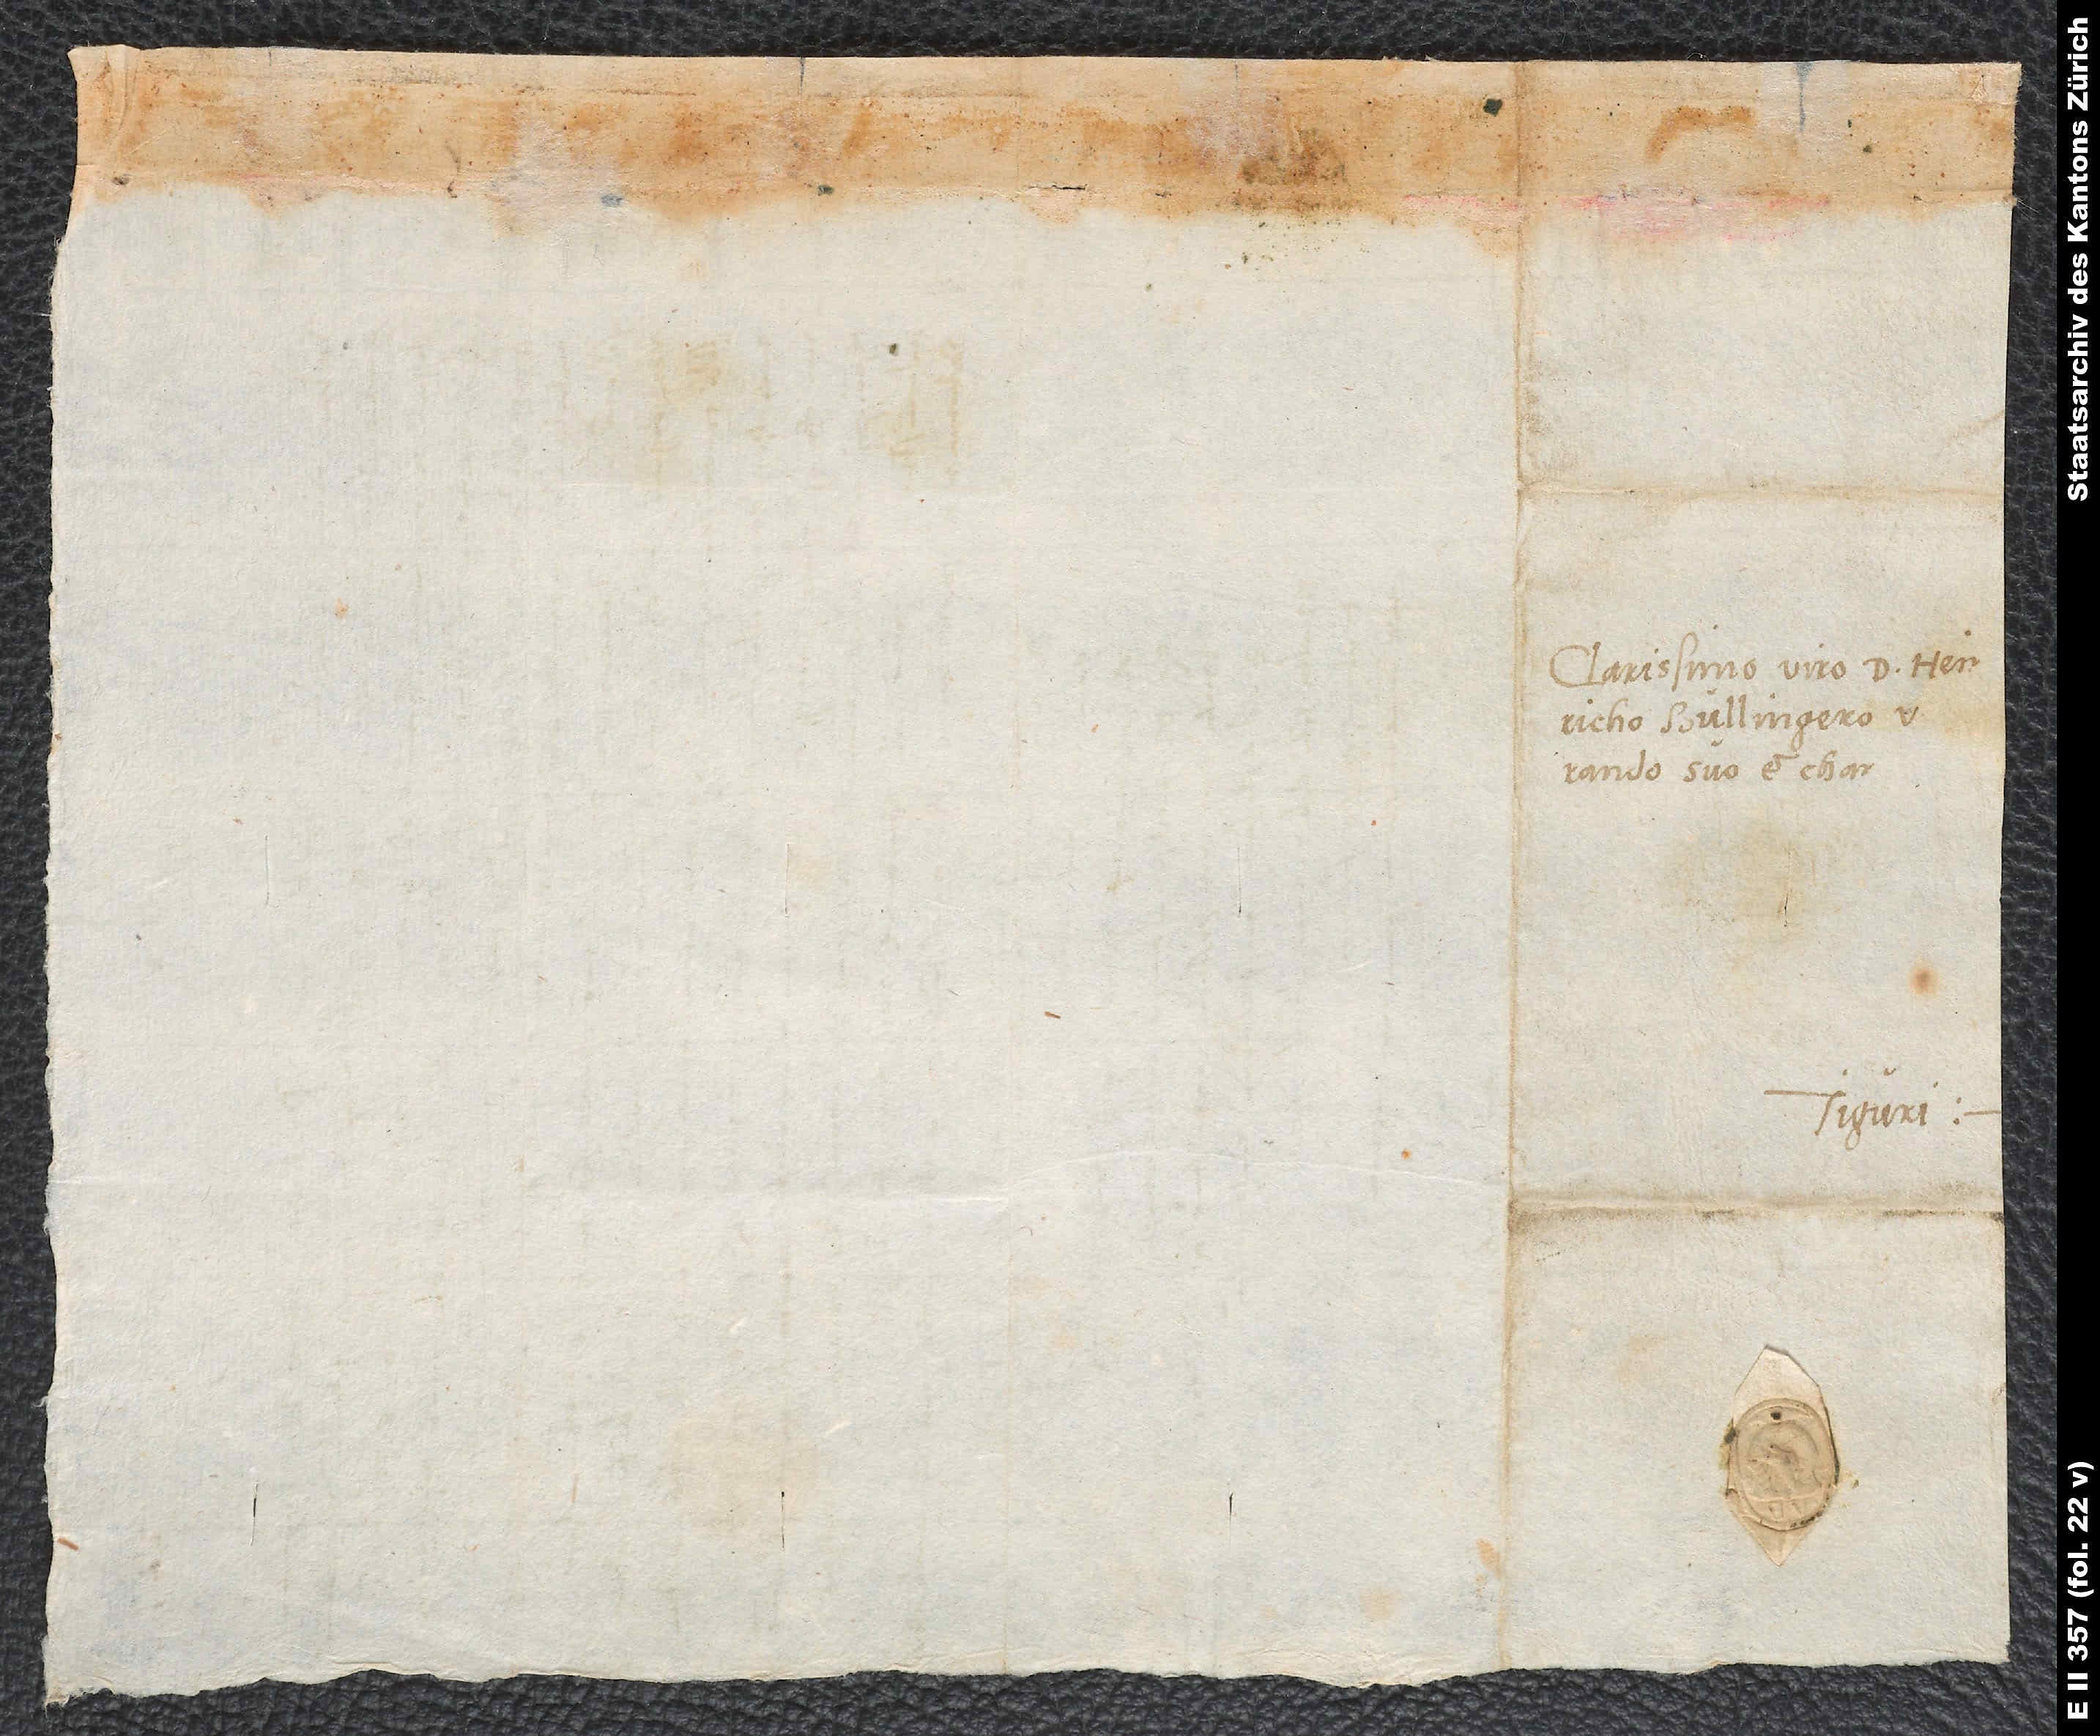
Clarissimo viro d. Heinricho
Tiguri.